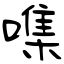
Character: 㗱